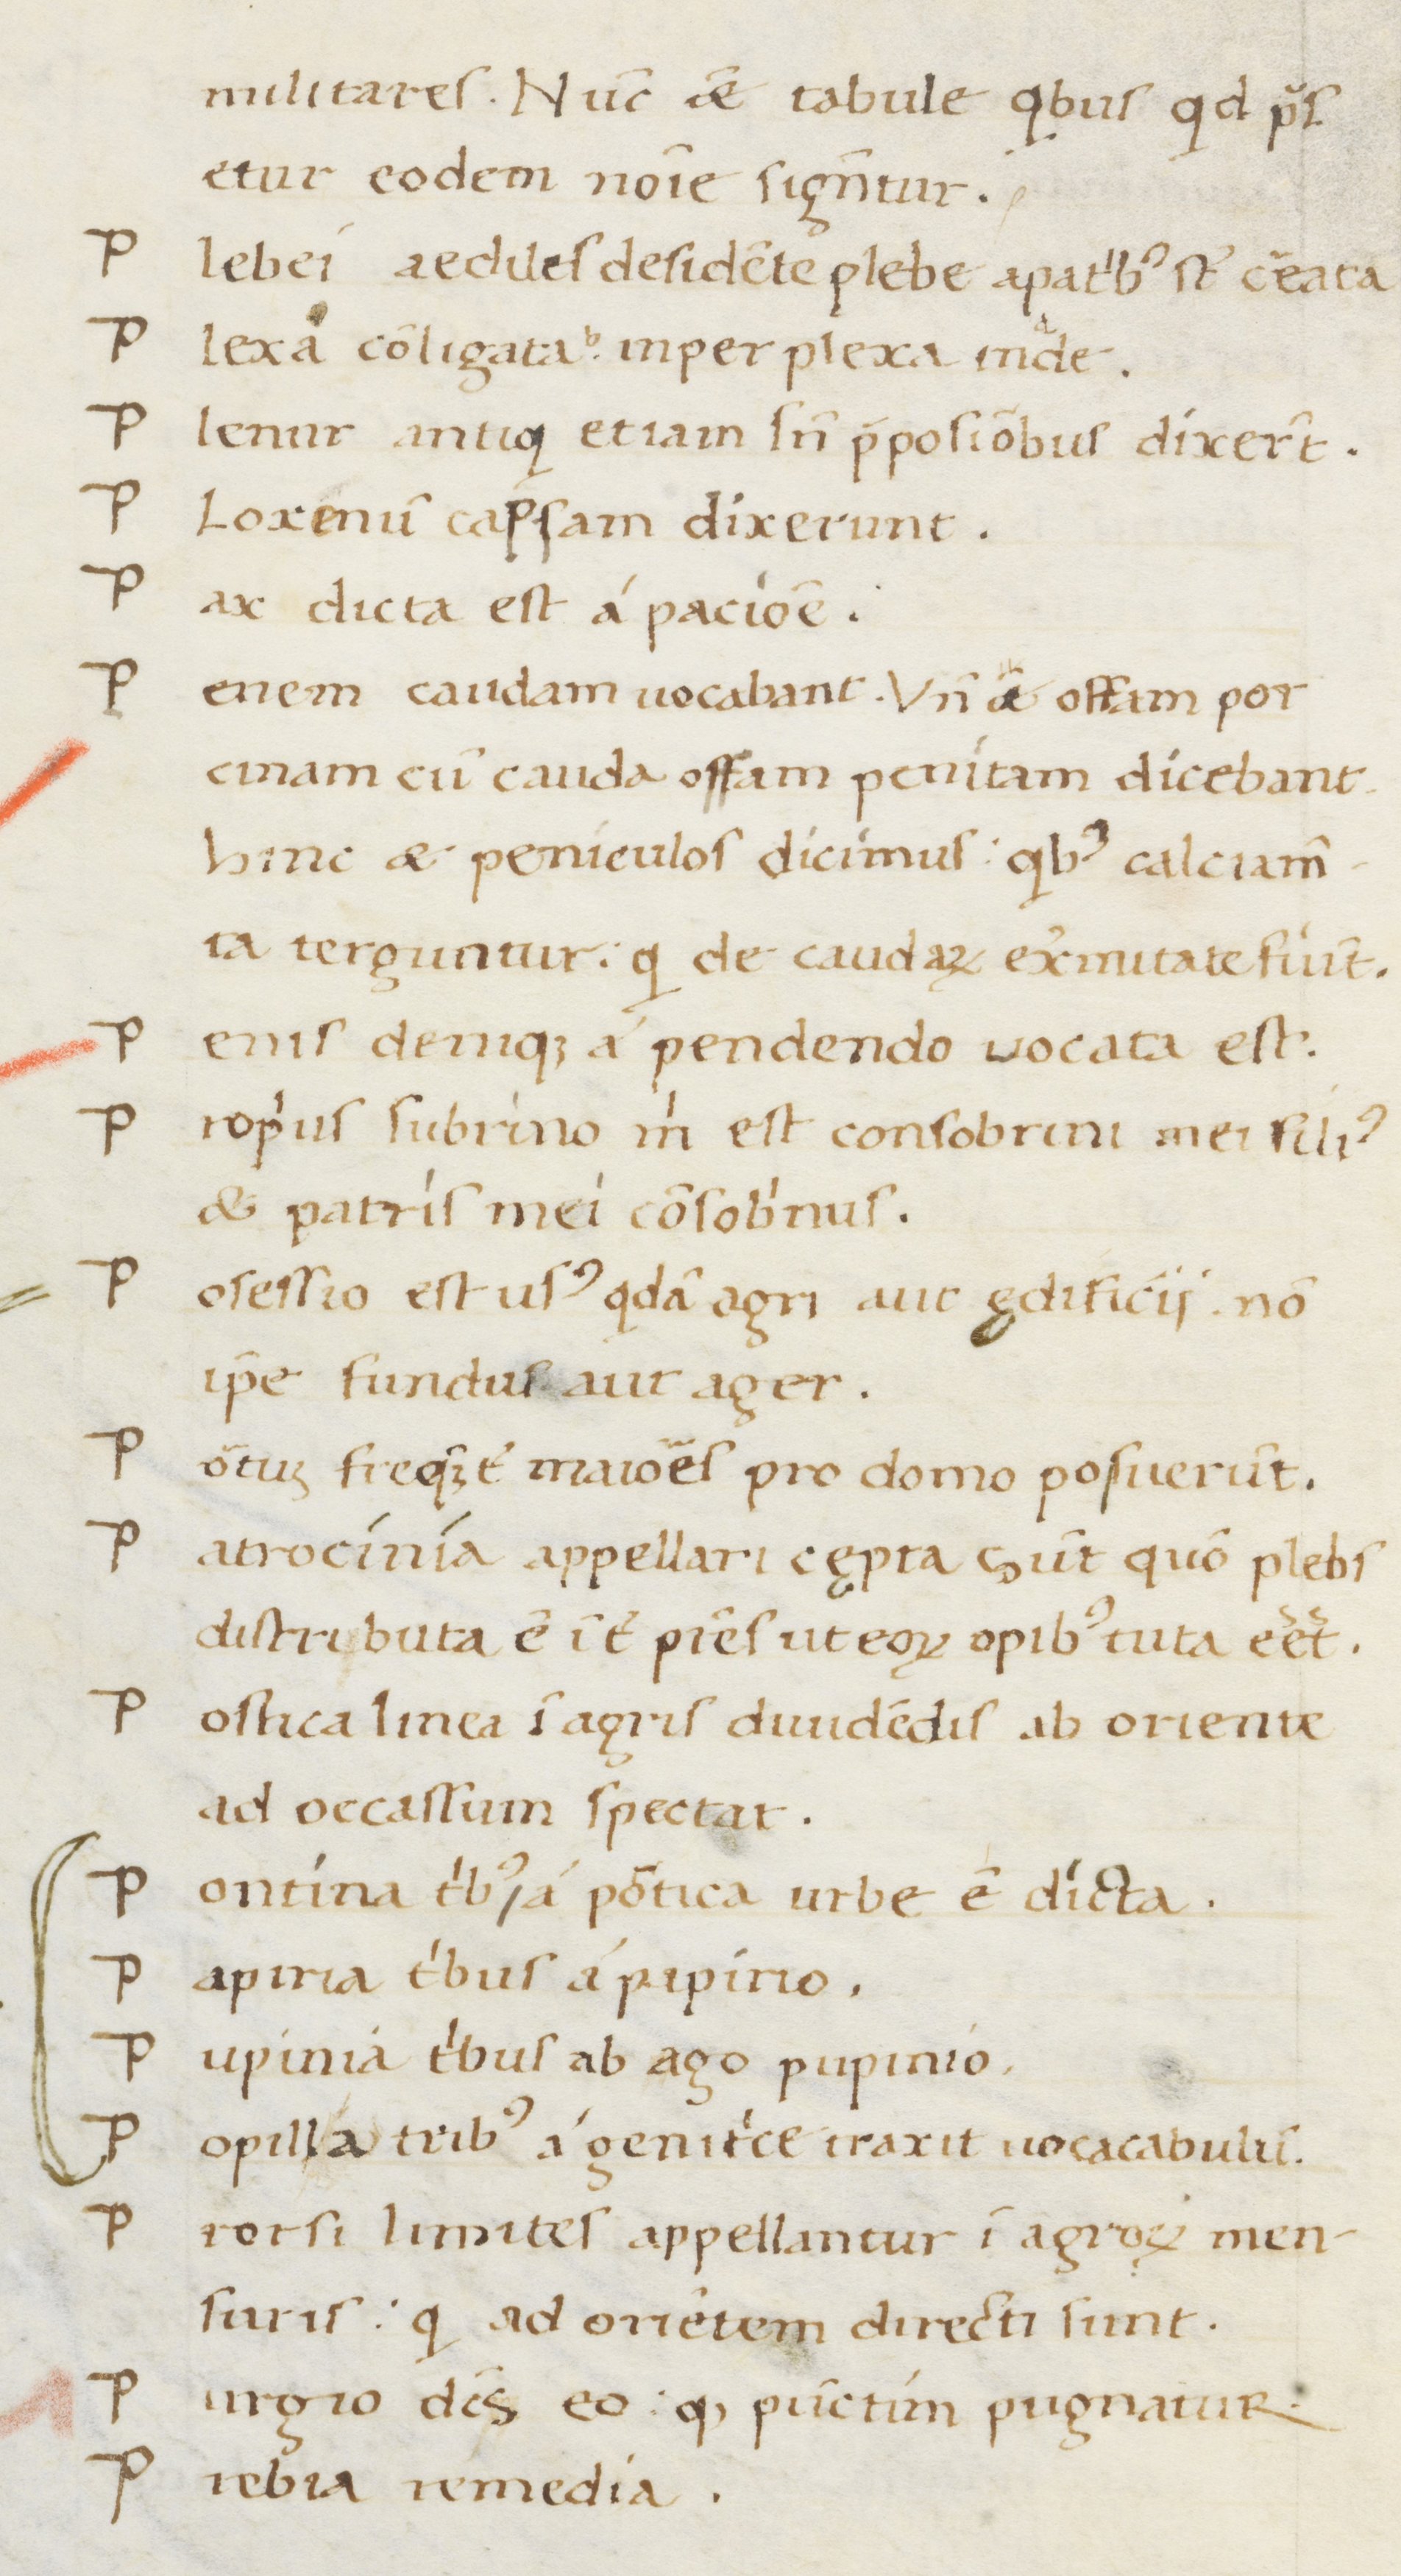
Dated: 1400–1499